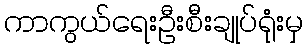
ကာကွယ်ရေးဦးစီးချုပ်ရုံးမှ